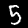
Label: 5